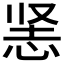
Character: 𰑡